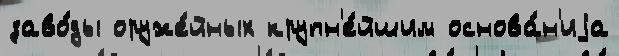
заво́ды оруже́йных крупн'е́йшим основа́н'иjа